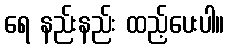
ရေ နည်းနည်း ထည့်ပေးပါ။